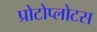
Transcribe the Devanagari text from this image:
प्रोटोप्लोटस